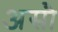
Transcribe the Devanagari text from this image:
असौ